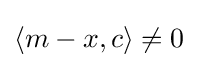
\langle m-x,c\rangle \neq 0